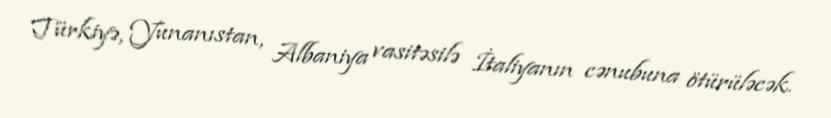
Türkiyə, Yunanıstan, Albaniya vasitəsilə İtaliyanın cənubuna ötürüləcək.